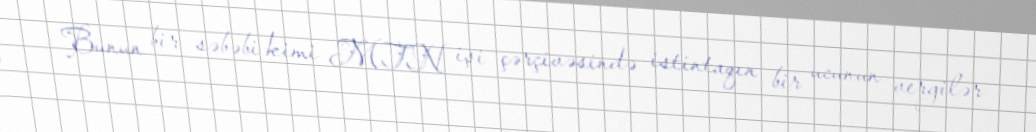
Bunun bir səbəbi kimi MTN işi çərçivəsində istintaqın bir ucunun vergilər